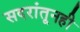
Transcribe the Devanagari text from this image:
सदरांतूनही